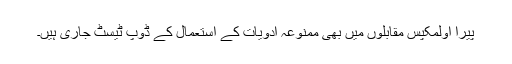
پیرا اولمکپس مقابلوں میں بھی ممنوعہ ادویات کے استعمال کے ڈوپ ٹیسٹ جاری ہیں۔